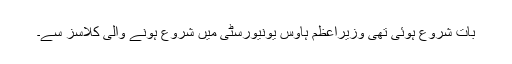
بات شروع ہوئی تھی وزیراعظم ہاؤس یونیورسٹی میں شروع ہونے والی کلاسز سے۔